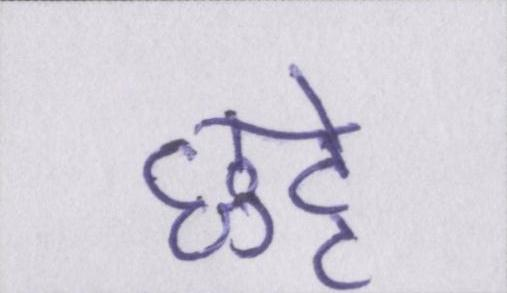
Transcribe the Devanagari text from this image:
छुट्टे